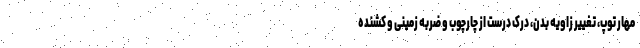
مهار توپ، تغییر زاویه بدن، درک درست از چارچوب و ضربه زمینی و کُشنده